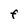
Character: f